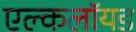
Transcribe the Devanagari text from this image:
एल्कलॉयड